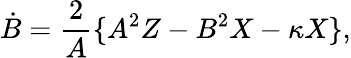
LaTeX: \dot{B}=\frac{2}{A}\{ A^{2}Z-B^{2}X-\kappa X\} ,